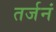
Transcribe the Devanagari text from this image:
तर्जनं